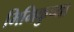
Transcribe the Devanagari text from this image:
मिमिकुच्या